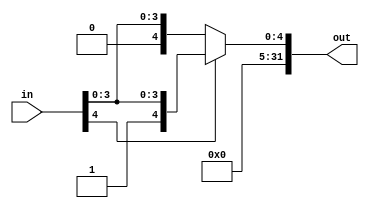
`timescale 1ns / 1ps
//////////////////////////////////////////////////////////////////////////////////
// Company: 
// Engineer: 
// 
// Design Name: 
// Module Name: Signextend5to32
// Project Name: 
// Target Devices: 
// Tool Versions: 
// Description: 
// 
// Dependencies: 
// 
// Revision:
// Revision 0.01 - File Created
// Additional Comments:
// 
//////////////////////////////////////////////////////////////////////////////////


module Signextend5to32(in, out);

    /* A 16-Bit input word */
    input [4:0] in;
    
    /* A 32-Bit output word */
    output reg [31:0] out;
    /* Fill in the implementation here ... */
	always @(in) begin
	if(in[4]==1'b1)  out <= {27'b000000000000000000000000000,in[4:0]};
              else  out <= {{27{in[4]}}, in};

	end
endmodule